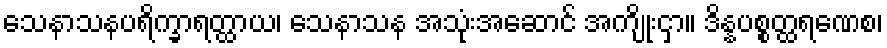
သေနာသနပရိက္ခာရတ္ထာယ၊ သေနာသန အသုံးအဆောင် အကျိုးငှာ။ ဒိန္နပစ္စတ္ထရဏေစ၊